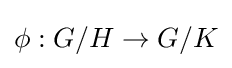
\phi :G/H\to G/K